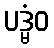
ပဒ္မံဝ